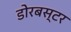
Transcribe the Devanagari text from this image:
डोरबस्टर